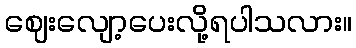
ဈေးလျော့ပေးလို့ရပါသလား။